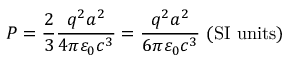
P = { \frac { 2 } { 3 } } { \frac { q ^ { 2 } a ^ { 2 } } { 4 \pi \varepsilon _ { 0 } c ^ { 3 } } } = { \frac { q ^ { 2 } a ^ { 2 } } { 6 \pi \varepsilon _ { 0 } c ^ { 3 } } } { \mathrm { ~ ( S I ~ u n i t s ) } }